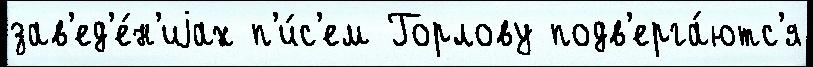
зав'ед'е́н'иjах п'и́с'ем Горлову подв'ерга́ютс'я